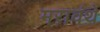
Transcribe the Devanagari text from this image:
मरावंथे